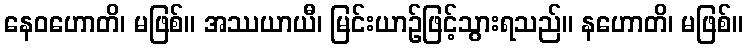
နေဝဟောတိ၊ မဖြစ်။ အဿယာယီ၊ မြင်းယာဉ်ဖြင့်သွားရသည်။ နဟောတိ၊ မဖြစ်။